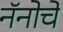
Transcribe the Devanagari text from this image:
नॅनोचे